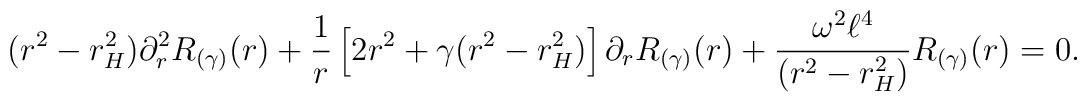
(r^2 - r_{H}^2 ) \partial_{r}^2 R_{(\gamma)}(r) + \frac{1}{r} \left[ 2 r^2 + \gamma (r^2 -  r_{H}^2) \right]\partial_{r} R_{(\gamma)}(r) + \frac{\omega^2  \ell^4}{(r^2 - r_{H}^2)} R_{(\gamma)}(r) = 0.